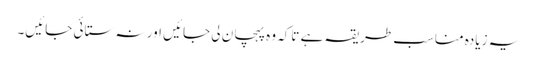
یہ زیادہ مناسب طریقہ ہے تاکہ وہ پہچان لی جائیں اور نہ ستائی جائیں۔